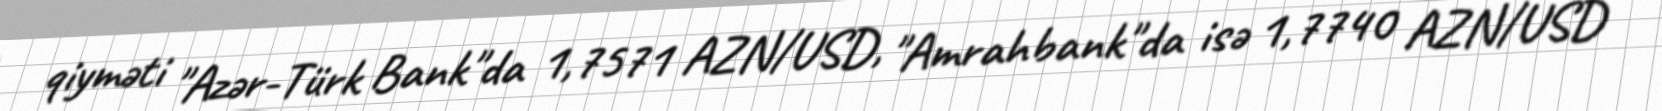
qiyməti "Azər-Türk Bank"da 1,7571 AZN/USD, "Amrahbank"da isə 1,7740 AZN/USD